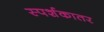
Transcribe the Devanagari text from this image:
स्पर्शकातर